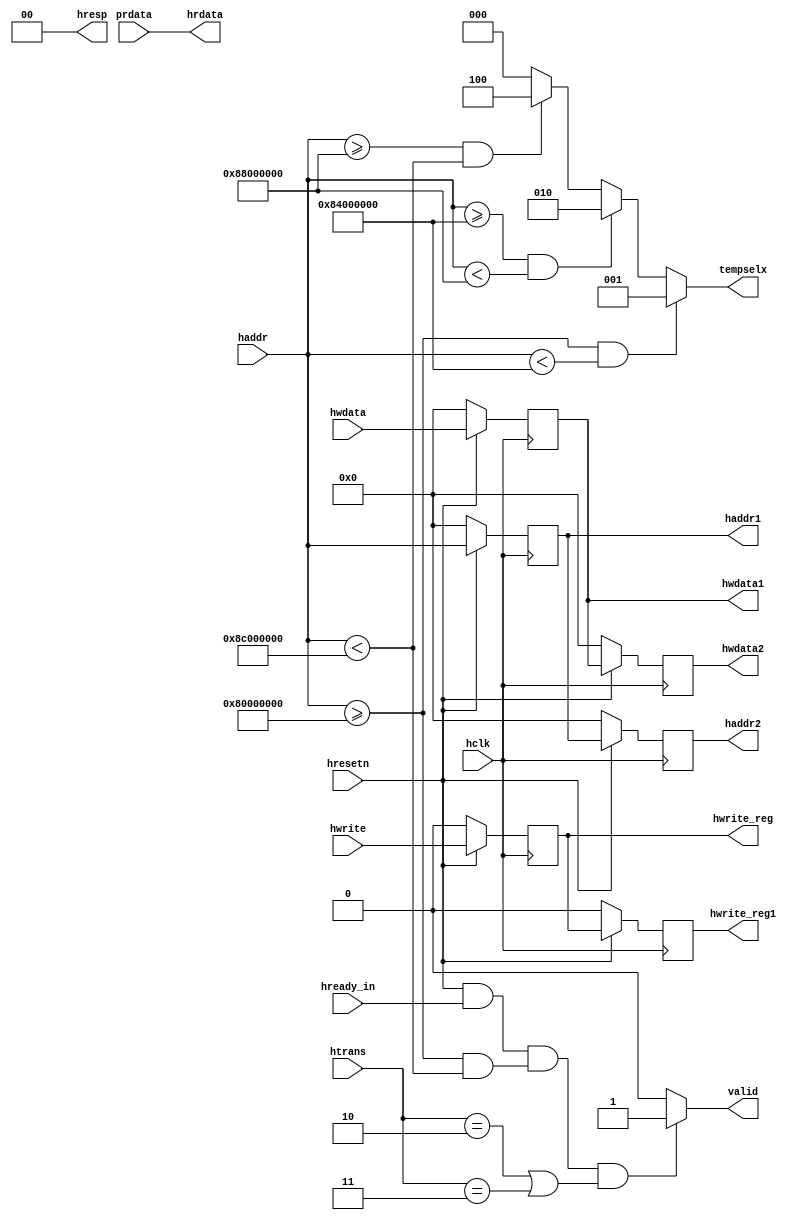
module ahbslave(input hclk, hresetn, hwrite, hready_in, input [31:0] haddr, hwdata,prdata, input [1:0] htrans, output [31:0] hrdata, output [1:0] hresp, output reg hwrite_reg,hwrite_reg1,valid, output reg [31:0] hwdata1,hwdata2,haddr1,haddr2, output reg [2:0] tempselx);
	// coding the pipelining structre.
	//AHB slaves need pipelining to induce delay.
	always@(posedge hclk)
	begin
		if(!hresetn)
		begin
			hwdata1<=0;
			hwdata2<=0;
			haddr1<=0;
			haddr2<=0;
			hwrite_reg<=0;
			hwrite_reg1<=0;
		end
		else 
		begin
			hwdata1<=hwdata;
			hwdata2<=hwdata1;
			haddr1<=haddr;
			haddr2<=haddr1;
			hwrite_reg<=hwrite;
			hwrite_reg1<=hwrite_reg;
		end
	end
	always@(*)
	begin
		if(hresetn==1 && hready_in==1 && (haddr>=32'h8000_0000 && haddr<32'h8C00_0000) && (htrans==2'b10 || htrans == 2'b11)) valid=1;
		else valid=0;
	end
	always@(*)
	begin
		if(haddr>=32'h8000_0000 && haddr<32'h8400_0000) tempselx =3'b001;
		else if(haddr>=32'h8400_0000 && haddr<32'h8800_0000) tempselx=3'b010;
		else if(haddr>=32'h8800_0000 && haddr<32'h8C00_0000) tempselx=3'b100;
		else tempselx=3'b000;
	end
	assign hresp=0;
	assign hrdata= prdata;
endmodule